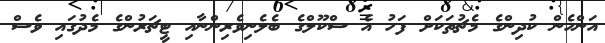
އަންހެން ކުދިންގެ މެޗުތަކަށް ފަހު އެ ސްކޫލްގެ ބެލެނިވެރިންނާއި ޓީޗަރުންގެ މެދުގައި ވެސް